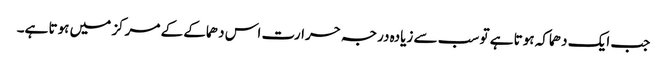
جب ایک دھماکہ ہوتا ہے تو سب سے زیادہ درجہ حرارت اس دھماکے کے مرکز میں ہوتا ہے۔